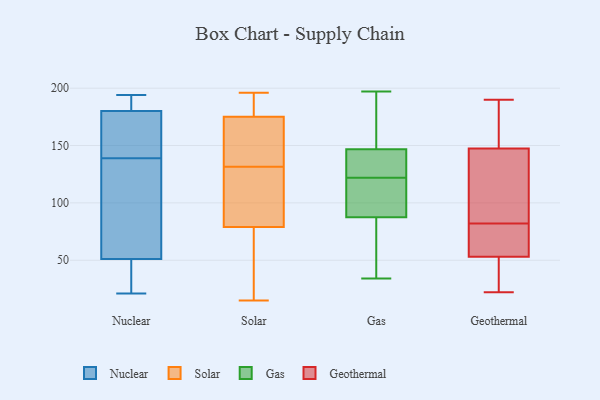
{"axis": {"x": "Energy Usage (MWh)", "y": "Value"}, "legend": ["Gas", "Geothermal", "Nuclear", "Solar"], "data": [{"x": "", "y": 134, "type": "Nuclear"}, {"x": "", "y": 41, "type": "Nuclear"}, {"x": "", "y": 187, "type": "Nuclear"}, {"x": "", "y": 144, "type": "Nuclear"}, {"x": "", "y": 194, "type": "Nuclear"}, {"x": "", "y": 51, "type": "Nuclear"}, {"x": "", "y": 150, "type": "Nuclear"}, {"x": "", "y": 21, "type": "Nuclear"}, {"x": "", "y": 180, "type": "Nuclear"}, {"x": "", "y": 56, "type": "Nuclear"}, {"x": "", "y": 189, "type": "Solar"}, {"x": "", "y": 175, "type": "Solar"}, {"x": "", "y": 64, "type": "Solar"}, {"x": "", "y": 187, "type": "Solar"}, {"x": "", "y": 79, "type": "Solar"}, {"x": "", "y": 15, "type": "Solar"}, {"x": "", "y": 80, "type": "Solar"}, {"x": "", "y": 143, "type": "Solar"}, {"x": "", "y": 28, "type": "Solar"}, {"x": "", "y": 134, "type": "Solar"}, {"x": "", "y": 90, "type": "Solar"}, {"x": "", "y": 152, "type": "Solar"}, {"x": "", "y": 196, "type": "Solar"}, {"x": "", "y": 129, "type": "Solar"}, {"x": "", "y": 34, "type": "Gas"}, {"x": "", "y": 160, "type": "Gas"}, {"x": "", "y": 86, "type": "Gas"}, {"x": "", "y": 100, "type": "Gas"}, {"x": "", "y": 49, "type": "Gas"}, {"x": "", "y": 92, "type": "Gas"}, {"x": "", "y": 140, "type": "Gas"}, {"x": "", "y": 130, "type": "Gas"}, {"x": "", "y": 149, "type": "Gas"}, {"x": "", "y": 197, "type": "Gas"}, {"x": "", "y": 122, "type": "Gas"}, {"x": "", "y": 94, "type": "Geothermal"}, {"x": "", "y": 56, "type": "Geothermal"}, {"x": "", "y": 78, "type": "Geothermal"}, {"x": "", "y": 22, "type": "Geothermal"}, {"x": "", "y": 190, "type": "Geothermal"}, {"x": "", "y": 169, "type": "Geothermal"}, {"x": "", "y": 189, "type": "Geothermal"}, {"x": "", "y": 80, "type": "Geothermal"}, {"x": "", "y": 146, "type": "Geothermal"}, {"x": "", "y": 152, "type": "Geothermal"}, {"x": "", "y": 28, "type": "Geothermal"}, {"x": "", "y": 113, "type": "Geothermal"}, {"x": "", "y": 44, "type": "Geothermal"}, {"x": "", "y": 36, "type": "Geothermal"}, {"x": "", "y": 140, "type": "Geothermal"}, {"x": "", "y": 71, "type": "Geothermal"}, {"x": "", "y": 82, "type": "Geothermal"}]}